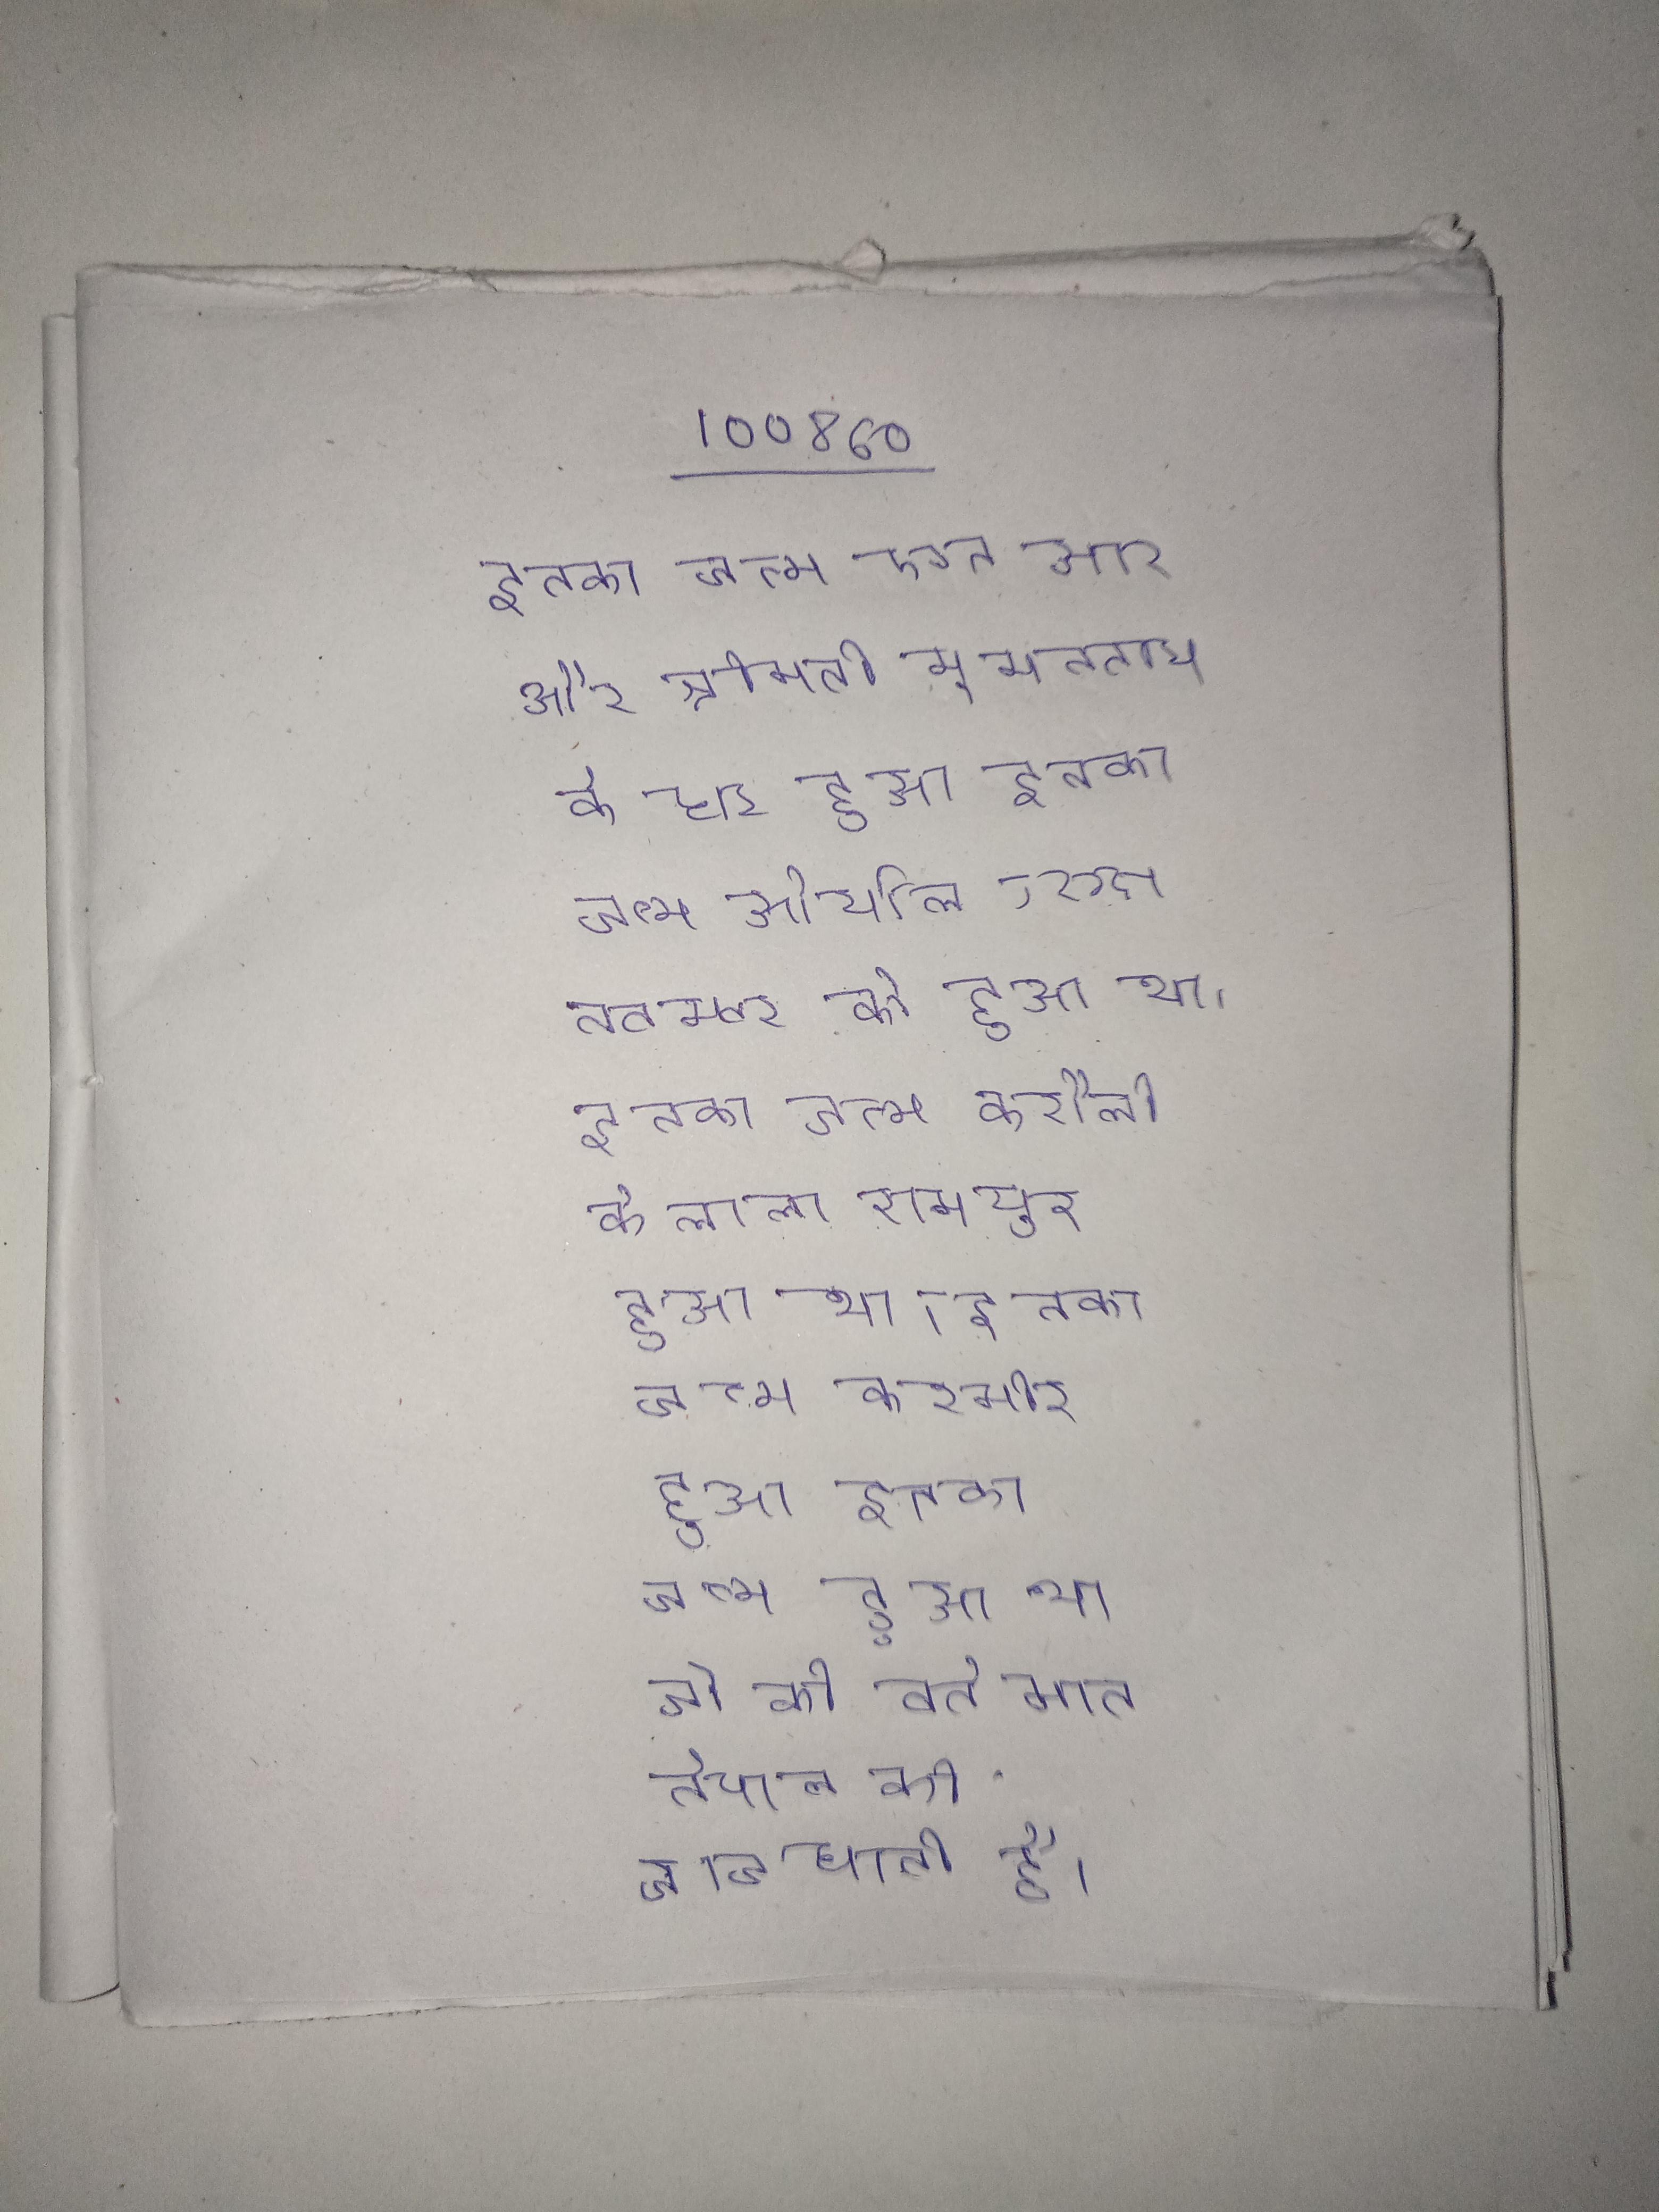
इनका जन्म एन आर और श्रीमती सुमनताय के घर हुआ । इनका जन्म ओर्योल, रूस नवम्बर को हुआ था । इनका जन्म करौली के लाला रामपुर हुआ था । इनका जन्म कश्मीर हुआ । इनका जन्म हुआ था जो की वर्तमान नेपाल की राजधानी है ।